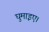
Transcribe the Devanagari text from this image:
घुमाइए।